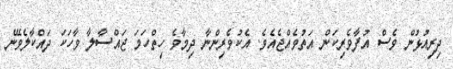
ދިރިއުޅުން ވެސް އުފާވެރިކަން އަތުވެއްޖެއެވެ. އެކުވެރިންނާ ދިމާވެ ހިތްހަމަ ޖައްސާލާ ވާހަކަ ދައްކާލެވޭނެ